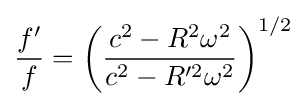
{\frac {f'}{f}}=\left({\frac {c^{2}-R^{2}\omega ^{2}}{c^{2}-R'^{2}\omega ^{2}}}\right)^{1/2}